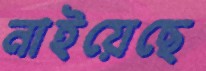
নাইয়েছে